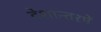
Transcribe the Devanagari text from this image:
देशान्तरमें